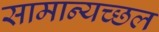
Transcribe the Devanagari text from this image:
सामान्यच्छल